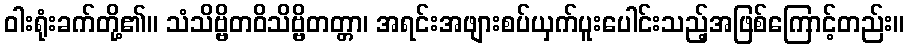
ဝါးရုံးခက်တို့၏။ သံသိဗ္ဗိတဝိသိဗ္ဗိတတ္တာ၊ အရင်းအဖျားစပ်ယှက်ပူးပေါင်းသည့်အဖြစ်ကြောင့်တည်း။